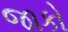
જાકો